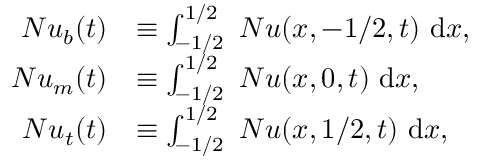
\begin{array} { r l } { N u _ { b } ( t ) } & { \equiv \int _ { - 1 / 2 } ^ { 1 / 2 } ~ N u ( x , - 1 / 2 , t ) ~ \mathrm { d } x , } \\ { N u _ { m } ( t ) } & { \equiv \int _ { - 1 / 2 } ^ { 1 / 2 } ~ N u ( x , 0 , t ) ~ \mathrm { d } x , } \\ { N u _ { t } ( t ) } & { \equiv \int _ { - 1 / 2 } ^ { 1 / 2 } ~ N u ( x , 1 / 2 , t ) ~ \mathrm { d } x , } \end{array}